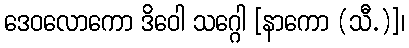
ဒေဝလောကော ဒိဝေါ သဂ္ဂေါ [နာကော (သီ.)]၊